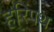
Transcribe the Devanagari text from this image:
हरिंपथ